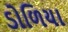
ડોળિયા